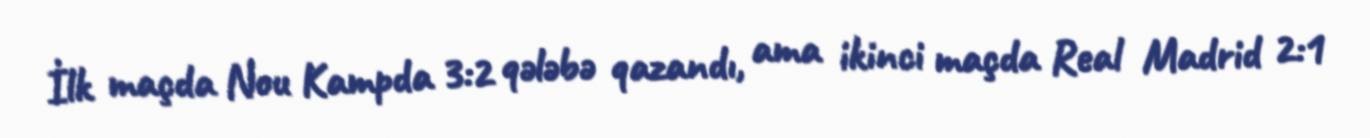
İlk maçda Nou Kampda 3:2 qələbə qazandı, ama ikinci maçda Real Madrid 2:1